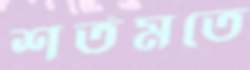
শর্তমতে